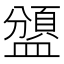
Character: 𥂾